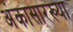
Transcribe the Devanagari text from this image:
अंकासारख्या